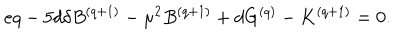
LaTeX: e q - 5 d \delta B ^ { ( q + 1 ) } - { \mu } ^ { 2 } B ^ { ( q + 1 ) } + d G ^ { ( q ) } - K ^ { ( q + 1 ) } = 0 .